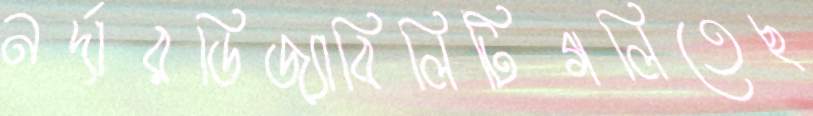
নর্দারডিজ্যাবিলিটিগলিতেছ